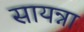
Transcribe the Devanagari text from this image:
सायन्ना